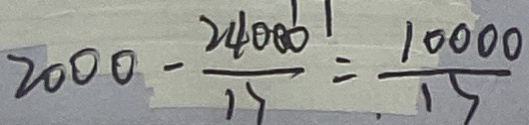
2 0 0 0 - \frac { 2 4 0 0 0 } { 1 7 } = \frac { 1 0 0 0 0 } { 1 5 }